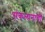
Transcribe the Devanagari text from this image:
संकल्पनाची